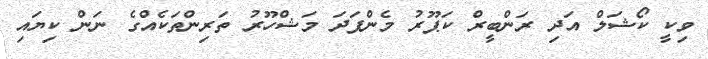
ވިކީ ކޯޝަލް އަދި ރަންބީރް ކަޕޫރު މެންފަދަ މަޝްހޫރު ތަރިންތަކެއްގެ ނަން ކިޔައި